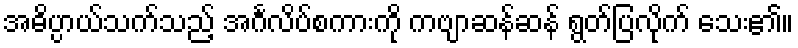
အဓိပ္ပာယ်သက်သည့် အင်္ဂလိပ်စကားကို ကဗျာဆန်ဆန် ရွတ်ပြလိုက် သေး၏။